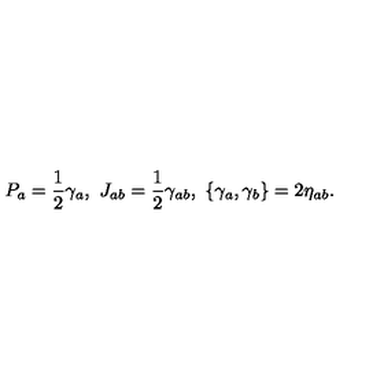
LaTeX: P _ { a } = { \frac { 1 } { 2 } } \gamma _ { a } , \ J _ { a b } = { \frac { 1 } { 2 } } \gamma _ { a b } , \ \{ \gamma _ { a } , \gamma _ { b } \} = 2 \eta _ { a b } .